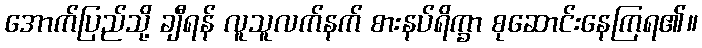
အောက်ပြည်သို့ ချီရန် လူသူလက်နက် စားနပ်ရိက္ခာ စုဆောင်းနေကြရ၏။